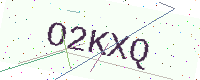
Text: O2KXQ